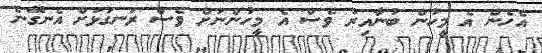
އެހެން އެ މީހުން ބުނާއިރު ވެސް އެ މީހުންނަށް ވެސް ރަނގަޅަށް އެނގޭނެ